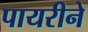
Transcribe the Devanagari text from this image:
पायरीने